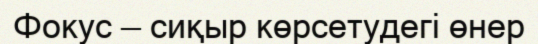
Фокус — сиқыр көрсетудегі өнер